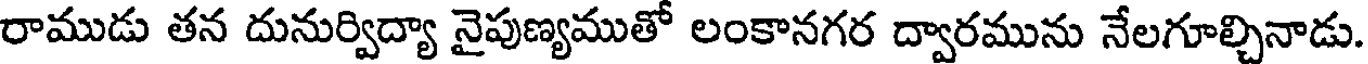
రాముడు తన దునుర్విద్యా నైపుణ్యముతో లంకానగర ద్వారమును నేలగూల్చినాడు.